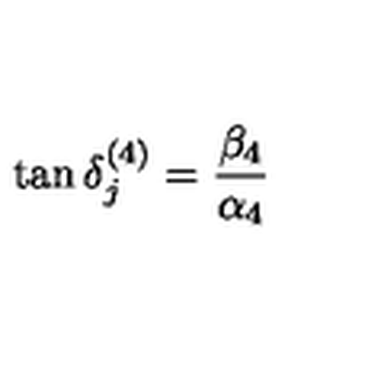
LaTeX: \tan \delta _ { j } ^ { ( 4 ) } = { \frac { \beta _ { 4 } } { \alpha _ { 4 } } }